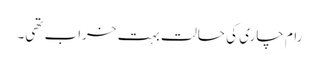
رام چاری کی حالت بہت خراب تھی۔